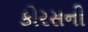
કોરસની